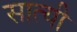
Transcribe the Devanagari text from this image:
सात्यी